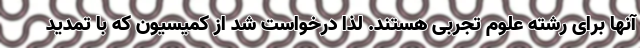
آنها برای رشته علوم تجربی هستند. لذا درخواست شد از کمیسیون که با تمدید